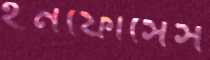
ইনফোসেস